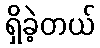
ရှိခဲ့တယ်